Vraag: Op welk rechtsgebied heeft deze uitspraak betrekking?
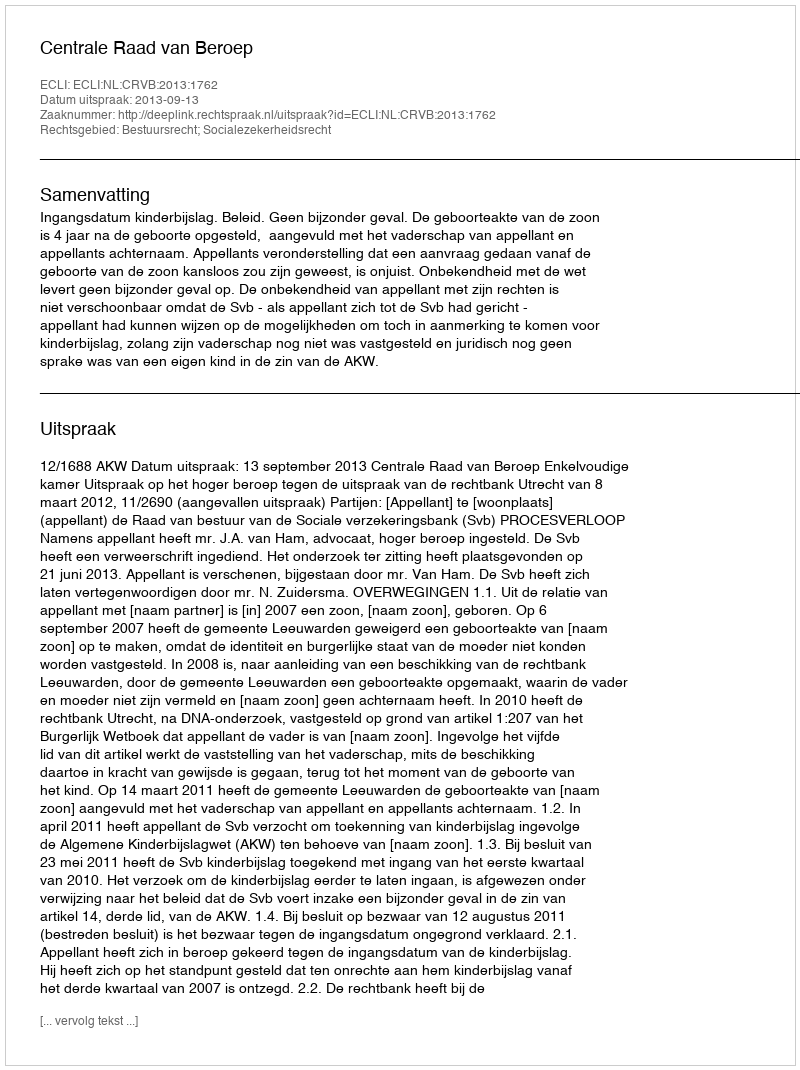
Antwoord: Bestuursrecht; Socialezekerheidsrecht